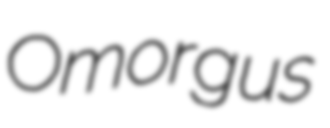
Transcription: Omorgus